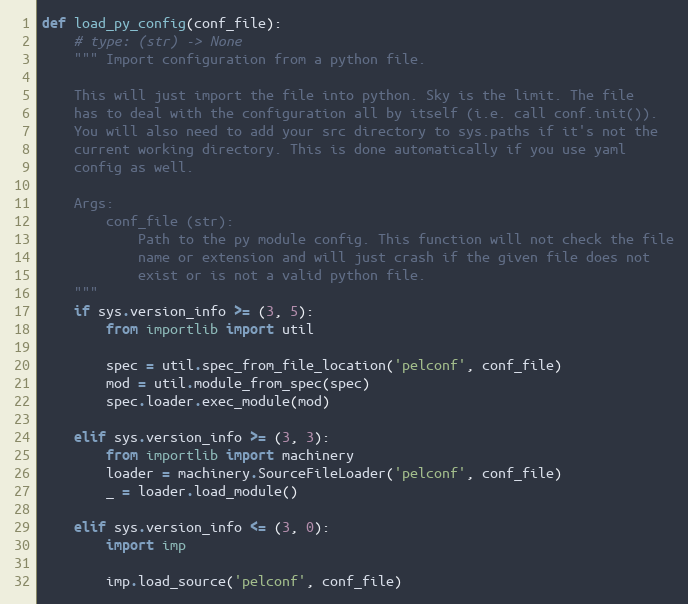
Language: Python
def load_py_config(conf_file):
    # type: (str) -> None
    """ Import configuration from a python file.

    This will just import the file into python. Sky is the limit. The file
    has to deal with the configuration all by itself (i.e. call conf.init()).
    You will also need to add your src directory to sys.paths if it's not the
    current working directory. This is done automatically if you use yaml
    config as well.

    Args:
        conf_file (str):
            Path to the py module config. This function will not check the file
            name or extension and will just crash if the given file does not
            exist or is not a valid python file.
    """
    if sys.version_info >= (3, 5):
        from importlib import util

        spec = util.spec_from_file_location('pelconf', conf_file)
        mod = util.module_from_spec(spec)
        spec.loader.exec_module(mod)

    elif sys.version_info >= (3, 3):
        from importlib import machinery
        loader = machinery.SourceFileLoader('pelconf', conf_file)
        _ = loader.load_module()

    elif sys.version_info <= (3, 0):
        import imp

        imp.load_source('pelconf', conf_file)